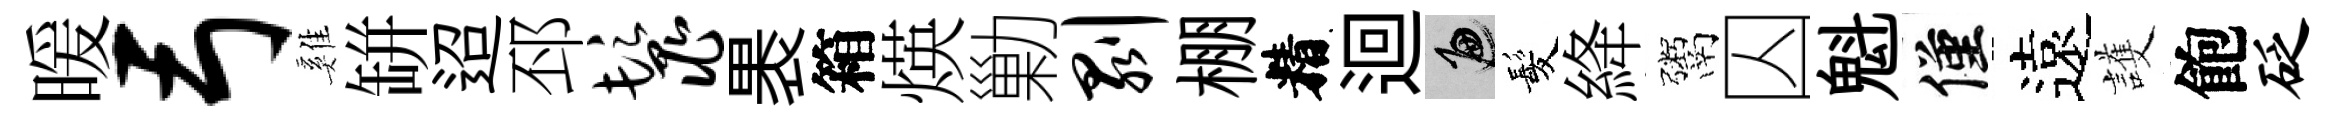
暖弓雞缾迢邳鬣褁箱煐勦剥棚精迴遍髪絳鬻囚魁僅遠護飽砭